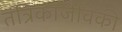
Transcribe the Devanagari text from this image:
तंत्रिकाजैविकी